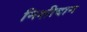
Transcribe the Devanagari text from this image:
निशीदान